Problem: 6 × 4 = ?
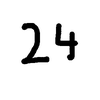
Handwritten answer: 24